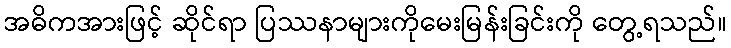
အဓိကအားဖြင့် ဆိုင်ရာ ပြဿနာများကိုမေးမြန်းခြင်းကို တွေ့ရသည်။